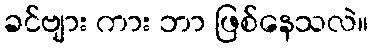
ခင်ဗျား ကား ဘာ ဖြစ်နေသလဲ။